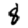
Digit: 8